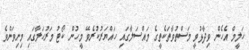
ހަލީމް އެހެން ވިދާޅުވީ މަސްތުވާތަކެތީގެ މައްސަލާގައި ހައްޔަރުކުރެވޭ މީހުން ކޯޓު މަރުހަލާގައި މިނިވަންވެ